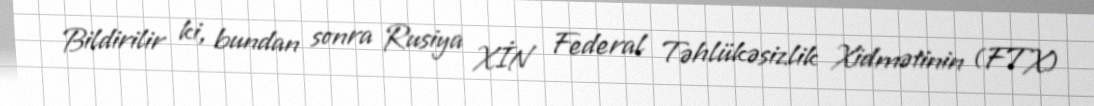
Bildirilir ki, bundan sonra Rusiya XİN Federal Təhlükəsizlik Xidmətinin (FTX)